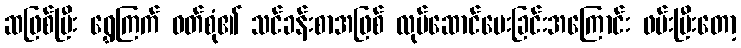
ဆဖြစ်ပြီး ရွှေကြက် ဝတ်စုံ၏ သင်ခန်းစာအဖြစ် လုပ်ဆောင်ပေးခြင်းအကြောင်း ဖမ်းပြီးတော့